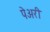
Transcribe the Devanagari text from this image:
पेअरी